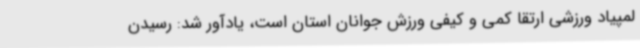
لمپیاد ورزشی ارتقا کمی و کیفی ورزش جوانان استان است، یادآور شد: رسیدن